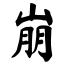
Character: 崩